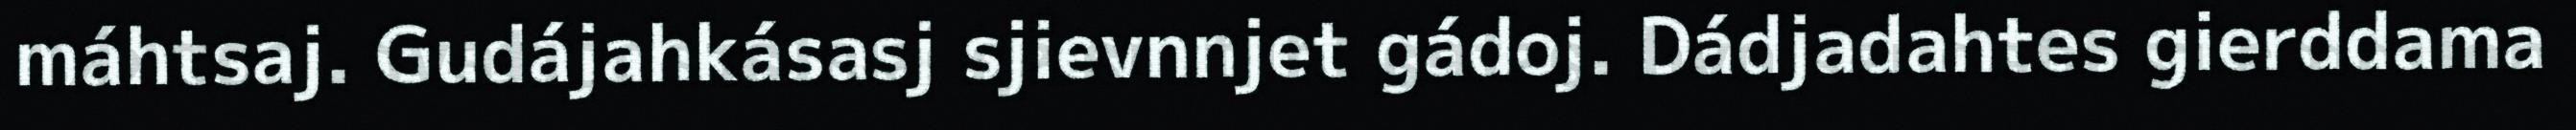
máhtsaj. Gudájahkásasj sjievnnjet gádoj. Dádjadahtes gierddama